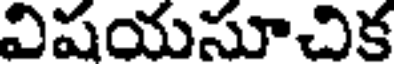
విషయసూచిక